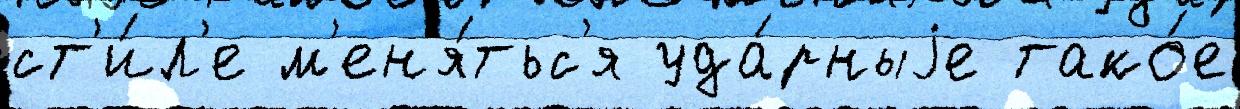
ст'и́л'е м'ен'я́тьс'я уда́рныjе тако́е